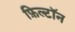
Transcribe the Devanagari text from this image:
फ़िल्टॉन